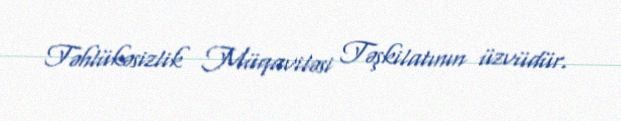
Təhlükəsizlik Müqaviləsi Təşkilatının üzvüdür.